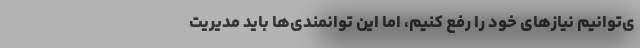
ی‌توانیم نیاز‌های خود را رفع کنیم، اما این توانمندی‌ها باید مدیریت